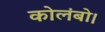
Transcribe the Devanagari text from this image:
कोलंबो।